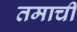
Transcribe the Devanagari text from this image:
तमाची